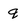
Character: q